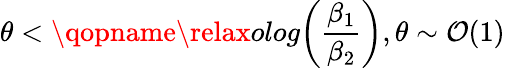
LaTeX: \theta<\qopname\relax o{log}{\left(\frac{\beta_{1}}{\beta_{2}}\right)},\theta\sim\mathcal{O}(1)